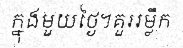
ក្នុងមួយថ្ងៃ។គួររម្លឹក